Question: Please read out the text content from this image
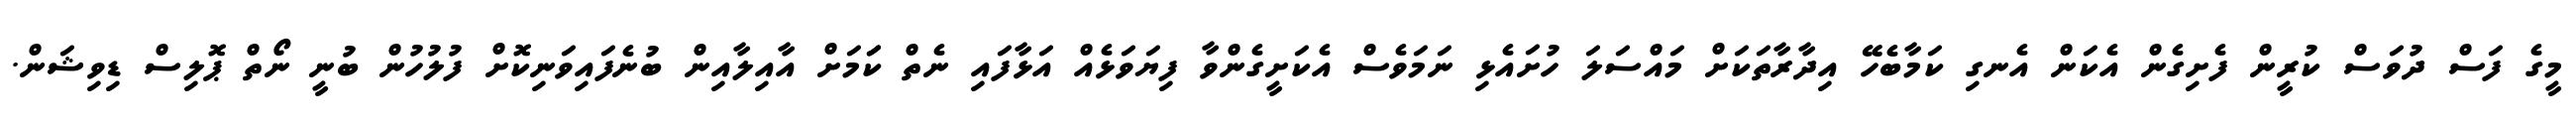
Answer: މީގެ ފަސް ދުވަސް ކުރީން ފެށިގެން އެކަން އެނގި ކަމާބެހޭ އިދާރާތަކަށް މައްސަލަ ހުށައެޅި ނަމަވެސް އެކަށީގެންވާ ފިޔަވަޅެއް އަޅާފައި ނެތް ކަަމަށް އާއިލާއިން ބުނެފައިވަނިކޮށް ފުލުހުން ބުނީ ނޯތް ޕޮލިސް ޑިވިޝަން.